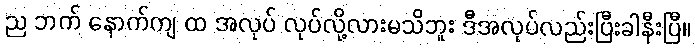
ည ဘက် နောက်ကျ ထ အလုပ် လုပ်လို့လားမသိဘူး ဒီအလုပ်လည်းပြီးခါနီးပြီ။